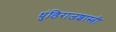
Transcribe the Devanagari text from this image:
धुंडिराजशास्त्री